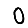
Digit: 0